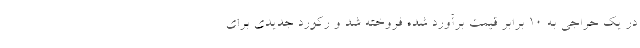
در یک حراجی به ۱۰ برابر قیمت برآورد شده فروخته شد و رکورد جدیدی برای